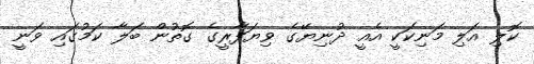
ކޮލި އަލި މަނިކަކީ އެއީ ދުނިޔޭގެ ވިޔަފާރީގެ ގޮތުން ބަލާ ކަމުގައި ވަނީ